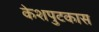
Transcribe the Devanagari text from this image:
केशपुटकास